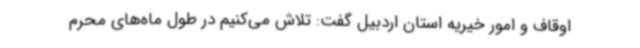
اوقاف و امور خیریه استان اردبیل گفت: تلاش می‌کنیم در طول ماه‌های محرم